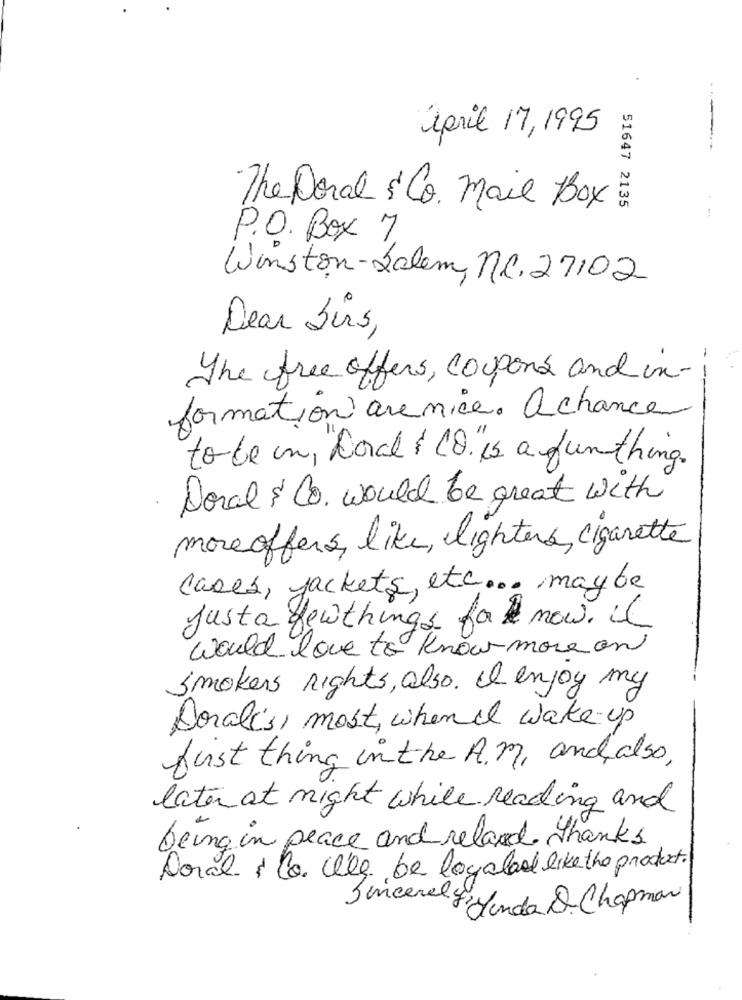
april 17,1995
51647 2135
The Doral & Co. mail Box
P.O. Box 7
Winston-Salem, nc. 27102
Dear Sirs,
-
The free offers, coupons and in-
formation arenice. achance
to be in, Loral & CO is a funthing.
Doral & Co. would be great with
more offers, like, lighters, cigarette
cases, jackets, etc ... maybe
justa fewthings faknow. it
would love to know more on
Smokers nights, also. I enjoy my
Doralis, most, when i wake-up
first thing in the A.M, and also,
later at night while reading and
being in peace and reland thanks
Dorah & Co Weg be loyalad like the product.
Sincerely,
Figenda D- Chapman